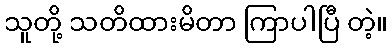
သူတို့ သတိထားမိတာ ကြာပါပြီ တဲ့။